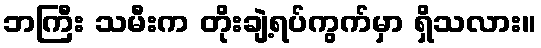
ဘကြီး သမီးက တိုးချဲ့ရပ်ကွက်မှာ ရှိသလား။